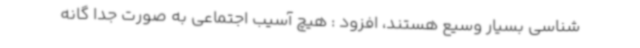
شناسی بسیار وسیع هستند، افزود : هیچ آسیب اجتماعی به صورت جدا گانه